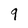
Character: 9